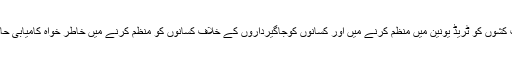
پارٹی ایرانی محنت کشوں کو ٹریڈ یونین میں منظم کرنے میں اور کسانوں کوجاگیرداروں کے خلاف کسانوں کو منظم کرنے میں خاطر خواہ کامیابی حاصل کر رہی تھی ۔